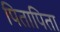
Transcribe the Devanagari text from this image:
पितापिता